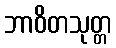
ဘာဝိတသုတ္တ